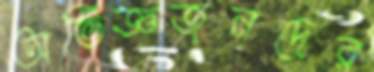
অভিজ্ঞজনদের